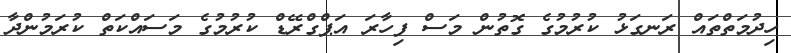
ހިދުމަތްތައް ރަނގަޅު ކުރުމުގެ ގޮތުން މަސް ފިހާރަ އަޕްގްރޭޑް ކުރުމުގެ މަސައްކަތް ކުރަމުންދާ